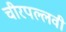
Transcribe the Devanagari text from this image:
चीरपल्लवी